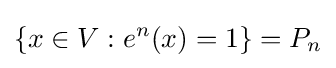
\{x\in V:e^{n}(x)=1\}=P_{n}